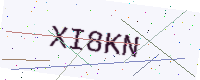
Text: XI8KN